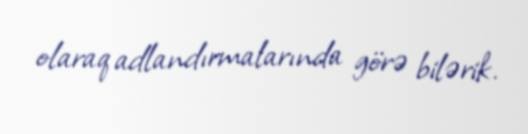
olaraq adlandırmalarında görə bilərik.